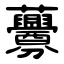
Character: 虋